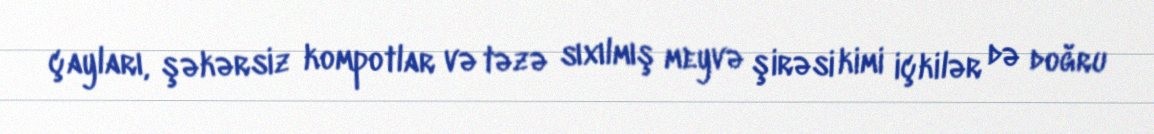
çayları, şəkərsiz kompotlar və təzə sıxılmış meyvə şirəsi kimi içkilər də doğru